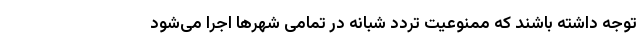
توجه داشته باشند که ممنوعیت تردد شبانه در تمامی شهرها اجرا می‌شود